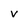
Character: v